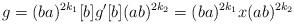
LaTeX: \begin{align*}g = (ba)^{2k_1}[b]g'[b](ab)^{2k_2} = (ba)^{2k_1}x(ab)^{2k_2}\end{align*}